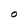
Character: O